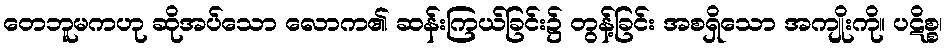
တေဘူမကဟု ဆိုအပ်သော လောက၏ ဆန်းကြယ်ခြင်း၌ တွန့်ခြင်း အစရှိသော အကျိုးကို။ ပဋိစ္စ၊